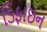
ડિફાઇન